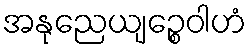
အနုညေယျဉ္စေဝါဟံ